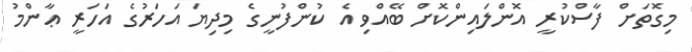
މިގޮތަށް ފާސްކުރީ އޮންލައިންކޮށް ބޭއްވި އެ ކުންފުނީގެ މިދިޔަ އަހަރުގެ އަހަރީ ޢާންމު